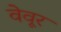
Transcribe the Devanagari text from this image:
वेवूर